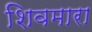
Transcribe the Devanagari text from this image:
शिवमारा